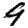
Digit: 9